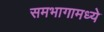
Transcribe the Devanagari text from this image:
समभागामध्ये